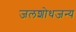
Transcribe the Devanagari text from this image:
जलशोधजन्य